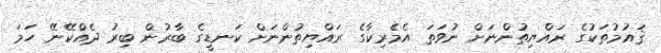
ޤައުމުތަކުގެ ރައްޔިތުންނަށް ނުވަތަ އެމެރިކާގެ ރައްޔިތުންނަށް ކަނޑީގެ ބާރުން ބިރު ދެއްކޭނޭ ހަމަ